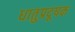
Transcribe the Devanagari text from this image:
धातुप्रदूषक